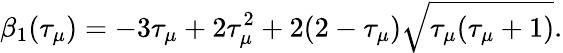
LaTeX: \beta_{1}(\tau_{\mu})=-3\tau_{\mu}+2\tau_{\mu}^{2}+2(2-\tau_{\mu})\sqrt{\tau_{\mu}(\tau_{\mu}+1)}.